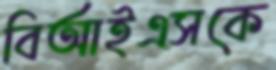
বিআইএসকে